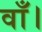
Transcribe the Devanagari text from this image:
वाँ।